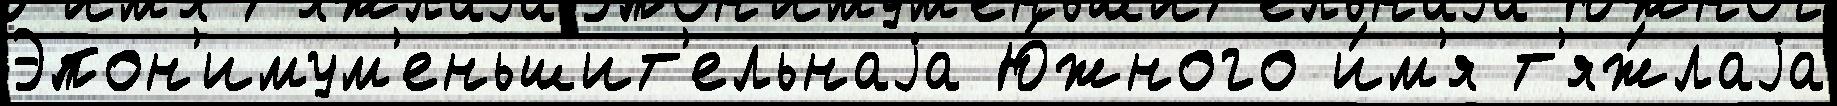
Эпон'имум'еньшит'ельнаjа Ю́жного и́м'я т'яж́лаjа